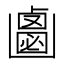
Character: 𠚝